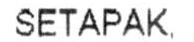
SETAPAK,